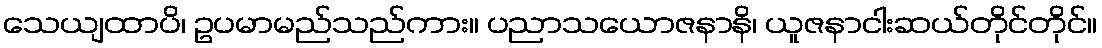
သေယျထာပိ၊ ဥပမာမည်သည်ကား။ ပညာသယောဇနာနိ၊ ယူဇနာငါးဆယ်တိုင်တိုင်။